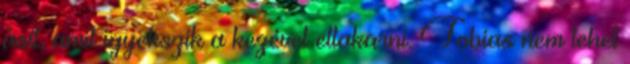
ásít, amit igyekszik a kezével eltakarni. Tobias nem tehet